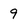
Character: 9